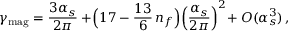
\gamma _ { \mathrm { m a g } } = \frac { 3 \alpha _ { s } } { 2 \pi } + \! \Big ( 1 7 - \frac { 1 3 } { 6 } \, n _ { f } \Big ) \! \left( \frac { \alpha _ { s } } { 2 \pi } \right) ^ { 2 } \! + O ( \alpha _ { s } ^ { 3 } ) \, ,